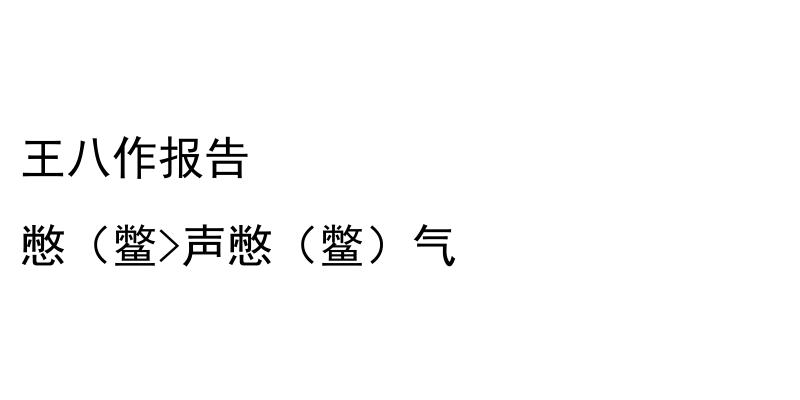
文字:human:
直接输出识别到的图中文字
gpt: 王八作报告 憋（鳖>声憋（鳖）气